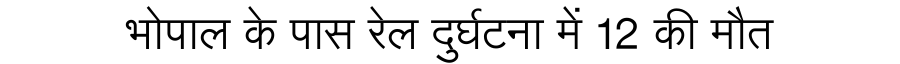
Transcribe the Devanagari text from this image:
भोपाल के पास रेल दुर्घटना में 12 की मौत